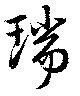
瑞